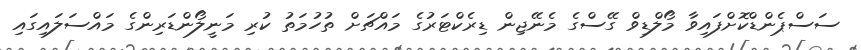
ސަސްޕެންޑްކޮށްފައިވާ މޯލްޑިވް ގޭސްގެ މެނޭޖިން ޑިރެކްޓަރުގެ މައްޗަށް ތުހުމަތު ކުރި މަނީލޯންޑަރިންގެ މައްސަލައިގައި